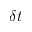
\delta t